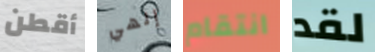
أقطن إلهي انتقام لقد